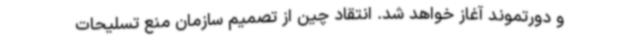
و دورتموند آغاز خواهد شد. انتقاد چین از تصمیم سازمان منع تسلیحات